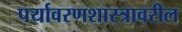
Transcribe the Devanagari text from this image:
पर्यावरणशास्त्रावरील